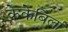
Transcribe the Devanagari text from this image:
केकेबिर्ला